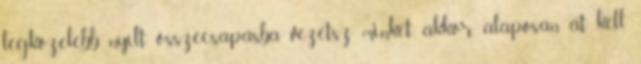
legközelebb nyílt összecsapásba vezetsz minket, akkor alaposan át kell